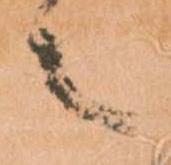
々